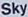
Sky